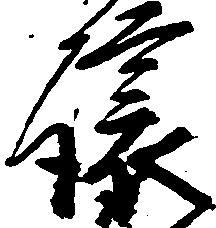
譲